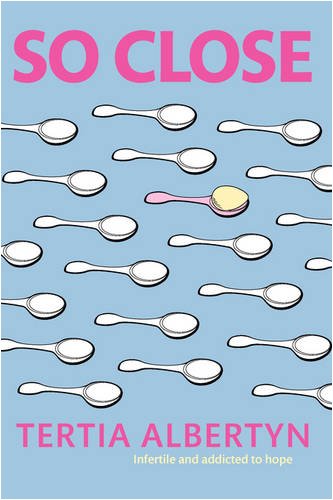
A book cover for So Close: Infertile and Addicted to Hope; Tertia Loebenberg Albertyn; Parenting & Relationships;